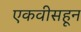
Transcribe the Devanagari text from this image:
एकवीसहून